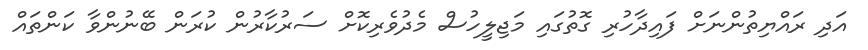
އަދި ރައްޔިތުންނަށް ފައިދާހުރި ގޮތުގައި މަޖިލީހުސް މެދުވެރިކޮށް ސަރުކާރުން ކުރަން ބޭނުންވާ ކަންތައް